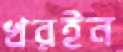
খরইন